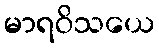
မာရဝိသယေ